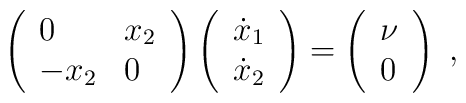
\left(\begin{array}{ll}0 & x_{2} \\-x_{2} & 0\end{array}\right) \left(\begin{array}{l}\dot{x}_{1} \\\dot{x}_{2}\end{array}\right) =\left(\begin{array}{l}\nu \\0\end{array}\right) \;,